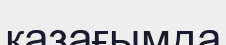
қазағымда